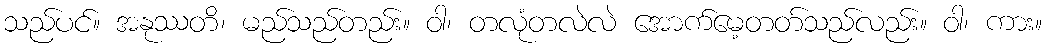
သည်ပင်။ အနုဿတိ၊ မည်သည်တည်း။ ဝါ၊ တလုံတလဲလဲ အောက်မေ့တတ်သည်လည်း။ ဝါ၊ ကား။